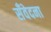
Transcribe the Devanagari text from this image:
सँवेदना